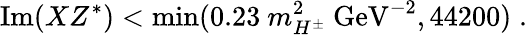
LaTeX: \mathrm{Im}(XZ^{*})<\mathrm{min}(0.23~m_{H^{\pm}}^{2}~\mathrm{GeV}^{-2},44200)\; .